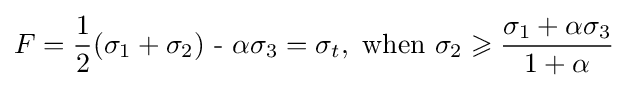
F={\frac {1}{2}}({\sigma _{1}}+{\sigma _{2}}){\text{ - }}\alpha {\sigma _{3}}={\sigma _{t}},{\text{ when  }}{\sigma _{2}}\geqslant {\frac {{\sigma _{1}}+\alpha {\sigma _{3}}}{1+\alpha }}